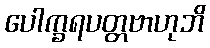
ပေါက္ခရပတ္တဗာဟုဘိ